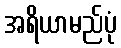
အရိယာမည်ပုံ